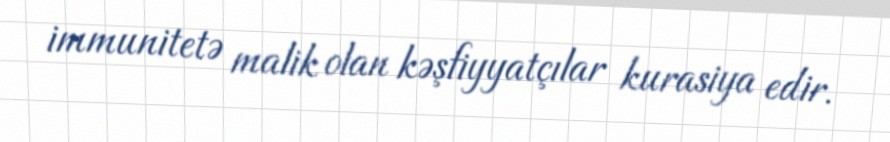
immunitetə malik olan kəşfiyyatçılar kurasiya edir.